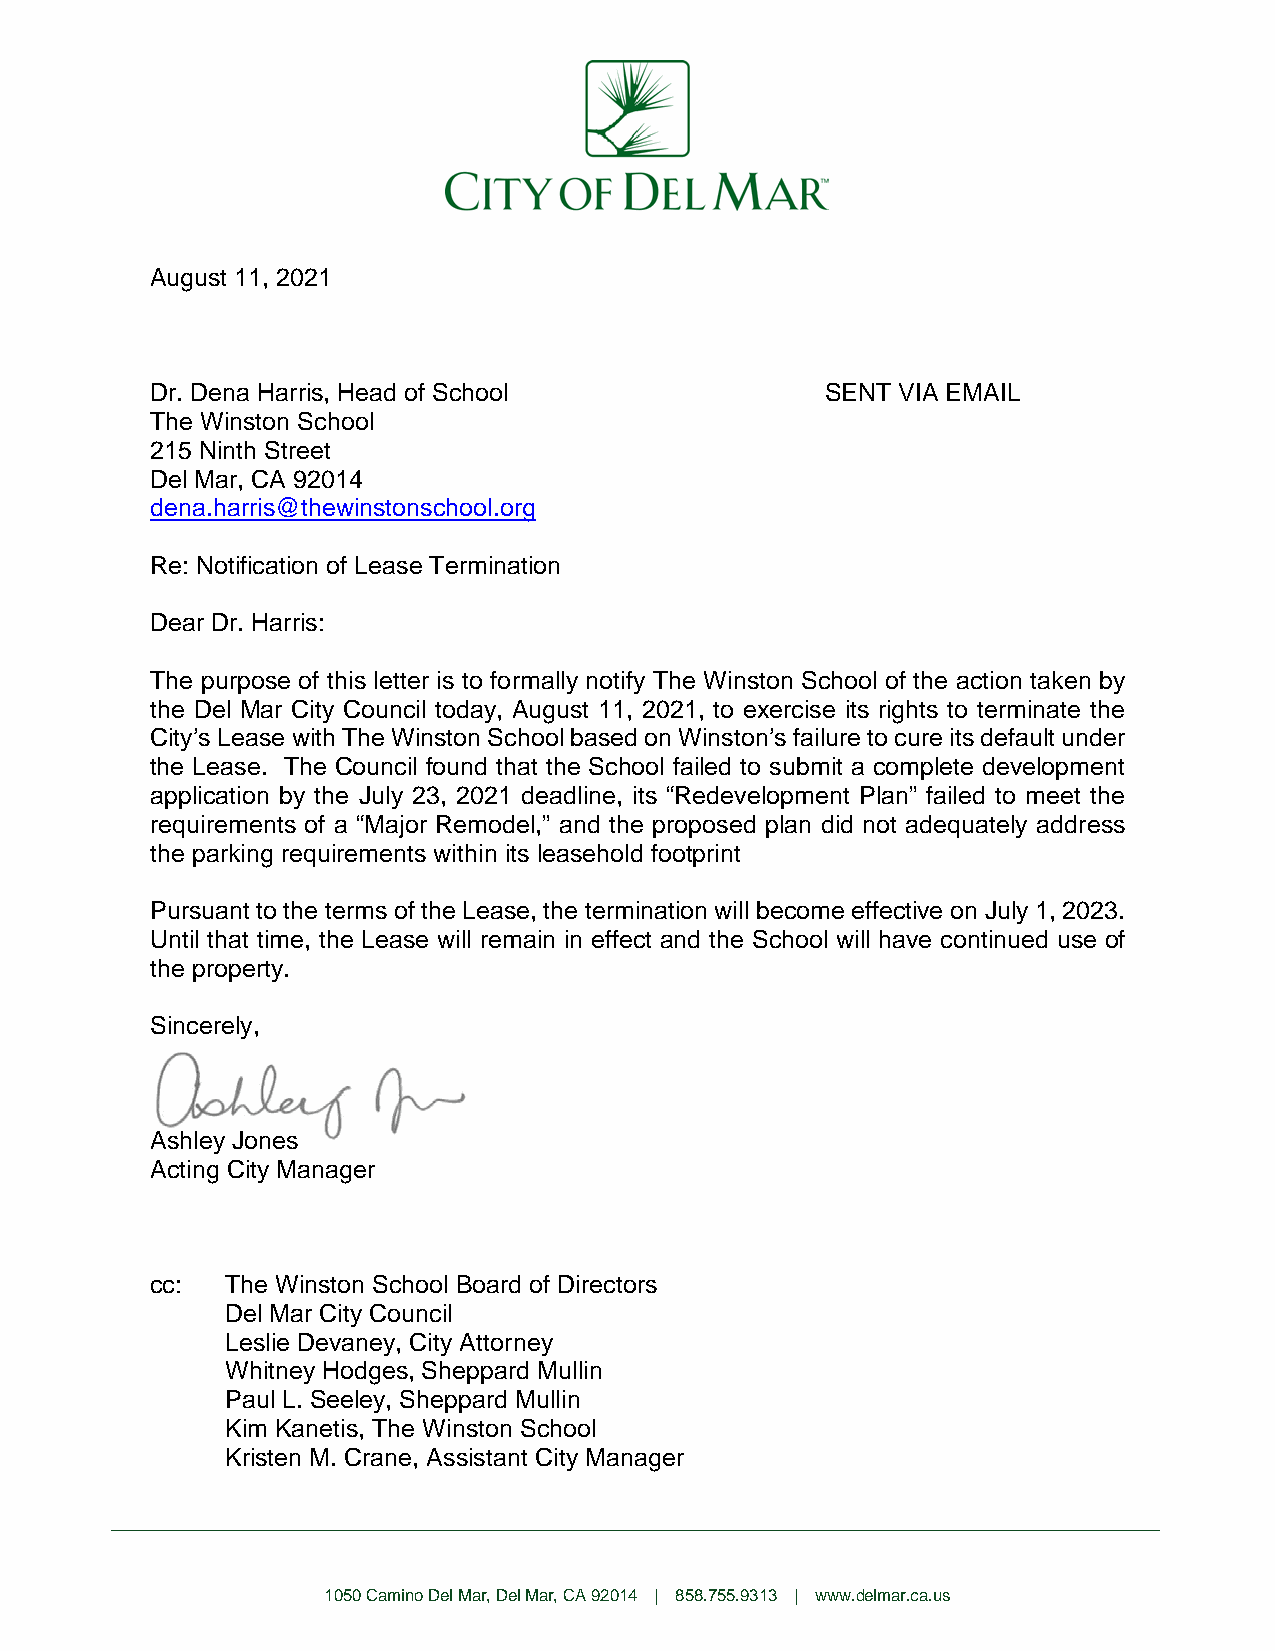
~
 CITY    OF  DELMAK
 August 11, 2021
 Dr. Dena Harris, Head of School              SENT VIA EMAIL
 The Winston School
 215 Ninth Street
 Del Mar, CA 92014
 dena.harris@thewinstonschool.org
 Re: Notification of Lease Termination
 Dear Dr. Harris:
 The purpose of this letter is to formally notify The Winston School of the action taken by
 the Del Mar City Council today, August 11, 2021, to exercise its rights to terminate the
 City’s Lease with The Winston School based on Winston’s failure to cure its default under
 the Lease. The Council found that the School failed to submit a complete development
 application by the July 23, 2021 deadline, its “Redevelopment Plan” failed to meet the
 requirements of a “Major Remodel,” and the proposed plan did not adequately address
 the parking requirements within its leasehold footprint
 Pursuant to the terms of the Lease, the termination will become effective on July 1, 2023.
 Until that time, the Lease will remain in effect and the School will have continued use of
 the property.
 Sincerely,
 Ashley Jones
 Acting City Manager
 cc:  The Winston School Board of Directors
 Del Mar City Council
 Leslie Devaney, City Attorney
 Whitney Hodges, Sheppard Mullin
 Paul L. Seeley, Sheppard Mullin
 Kim Kanetis, The Winston School
 Kristen M. Crane, Assistant City Manager
 1050 Camino Del Mar, Del Mar, CA 92014 | 858.755.9313 | www.delmar.ca.us